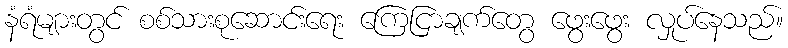
နံရံများတွင် စစ်သားစုဆောင်းရေး ကြေငြာချက်တွေ ဖွေးဖွေး လှုပ်နေသည်။